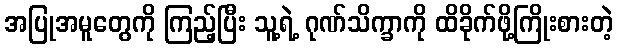
အပြုအမူတွေကို ကြည့်ပြီး သူ့ရဲ့ ဂုဏ်သိက္ခာကို ထိခိုက်ဖို့ကြိုးစားတဲ့